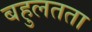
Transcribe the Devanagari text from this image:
बहुलतता